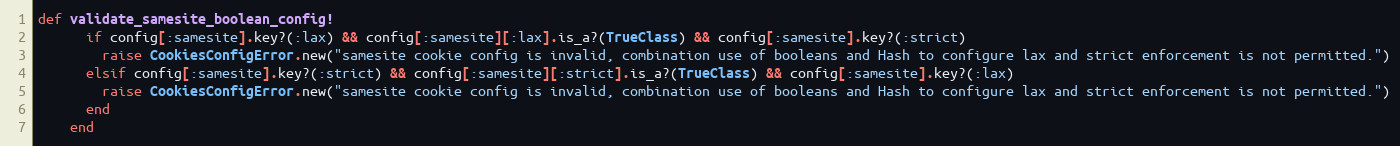
Language: Ruby
def validate_samesite_boolean_config!
      if config[:samesite].key?(:lax) && config[:samesite][:lax].is_a?(TrueClass) && config[:samesite].key?(:strict)
        raise CookiesConfigError.new("samesite cookie config is invalid, combination use of booleans and Hash to configure lax and strict enforcement is not permitted.")
      elsif config[:samesite].key?(:strict) && config[:samesite][:strict].is_a?(TrueClass) && config[:samesite].key?(:lax)
        raise CookiesConfigError.new("samesite cookie config is invalid, combination use of booleans and Hash to configure lax and strict enforcement is not permitted.")
      end
    end